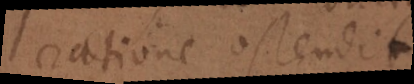
ratione ostendit.